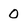
Character: 0